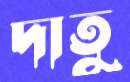
দাতু